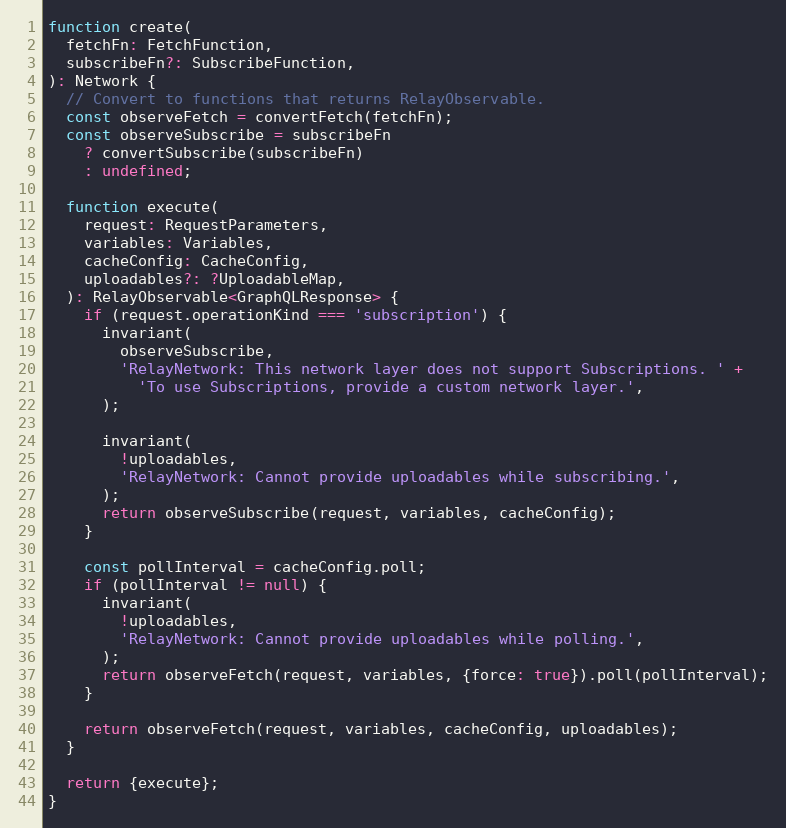
Language: JavaScript
function create(
  fetchFn: FetchFunction,
  subscribeFn?: SubscribeFunction,
): Network {
  // Convert to functions that returns RelayObservable.
  const observeFetch = convertFetch(fetchFn);
  const observeSubscribe = subscribeFn
    ? convertSubscribe(subscribeFn)
    : undefined;

  function execute(
    request: RequestParameters,
    variables: Variables,
    cacheConfig: CacheConfig,
    uploadables?: ?UploadableMap,
  ): RelayObservable<GraphQLResponse> {
    if (request.operationKind === 'subscription') {
      invariant(
        observeSubscribe,
        'RelayNetwork: This network layer does not support Subscriptions. ' +
          'To use Subscriptions, provide a custom network layer.',
      );

      invariant(
        !uploadables,
        'RelayNetwork: Cannot provide uploadables while subscribing.',
      );
      return observeSubscribe(request, variables, cacheConfig);
    }

    const pollInterval = cacheConfig.poll;
    if (pollInterval != null) {
      invariant(
        !uploadables,
        'RelayNetwork: Cannot provide uploadables while polling.',
      );
      return observeFetch(request, variables, {force: true}).poll(pollInterval);
    }

    return observeFetch(request, variables, cacheConfig, uploadables);
  }

  return {execute};
}